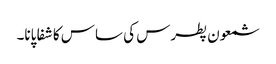
شمعون پطرس کی ساس کا شفا پانا۔